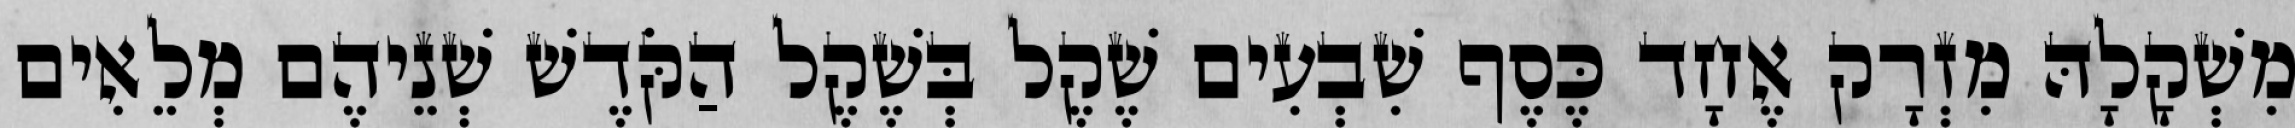
מִשְׁקָלָהּ מִזְרָק אֶחָד כֶּסֶף שִׁבְעִים שֶׁקֶל בְּשֶׁקֶל הַקֹּדֶשׁ שְׁנֵיהֶם מְלֵאִים